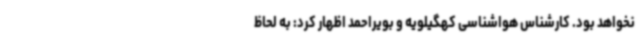
نخواهد بود. کارشناس هواشناسی کهگیلویه و بویراحمد اظهار کرد: به لحاظ